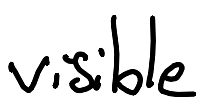
Text: visible
Cross-out: clean
Writing tool: digital_black